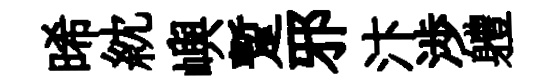
晞紞嶼蹔邪汴渉軆